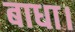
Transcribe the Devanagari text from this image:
बाधा।